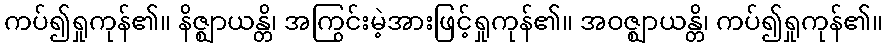
ကပ်၍ရှုကုန်၏။ နိဇ္ဈာယန္တိ၊ အကြွင်းမဲ့အားဖြင့်ရှုကုန်၏။ အဝဇ္ဈာယန္တိ၊ ကပ်၍ရှုကုန်၏။